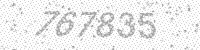
Solution: 767835